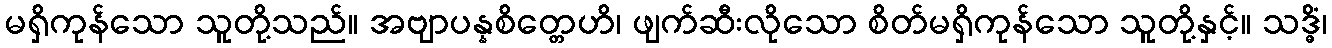
မရှိကုန်သော သူတို့သည်။ အဗျာပန္နစိတ္တေဟိ၊ ဖျက်ဆီးလိုသော စိတ်မရှိကုန်သော သူတို့နှင့်။ သဒ္ဓိံ၊